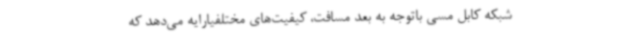
شبکه کابل مسی باتوجه به بعد مسافت، کیفیت‌های مختلفیارایه می‌دهد که